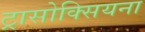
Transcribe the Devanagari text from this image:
ट्रासोक्सियना